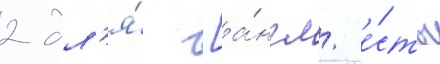
2 дл'я́ [а́нгл. е́сть